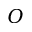
O